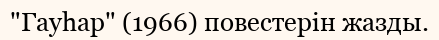
"Гауһар" (1966) повестерін жазды.